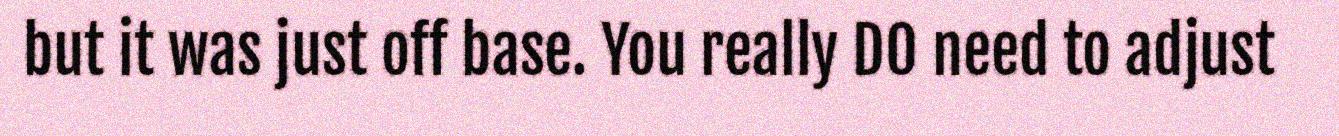
but it was just off base. You really DO need to adjust